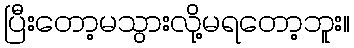
ပြီးတော့မသွားလို့မရတော့ဘူး။